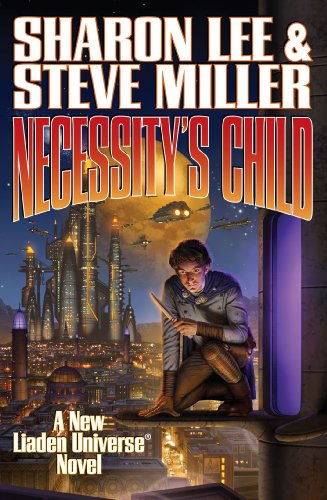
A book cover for Necessity's Child (Liaden Universe); Sharon Lee; Science Fiction & Fantasy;